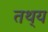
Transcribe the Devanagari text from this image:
तथ्‌य